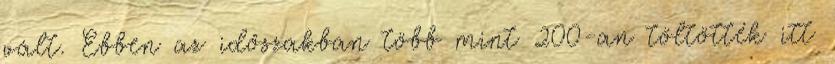
vált. Ebben az időszakban több mint 200-an töltötték itt